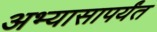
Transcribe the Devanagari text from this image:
अभ्यासापर्यंत